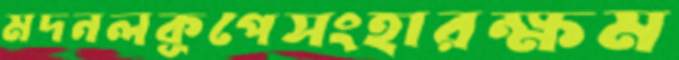
মদনলকূপেসংহারক্ষম